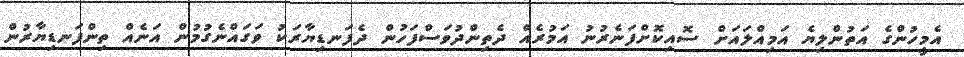
އެމީހުންގެ އަތުންލިޔެ އަމިއްލައަށް ސޮއިކޮށްފަނެރުނު އަމުރެއް ދެތިންދުވަސްފަހުން ދެފަނޑިޔާރަކު ވަގައްނެގުމުން އަނެއް ތިންފަނޑިޔާރުން